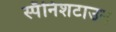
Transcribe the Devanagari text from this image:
स्पॅनिशटाउन